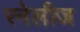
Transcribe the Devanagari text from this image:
रनेलीज